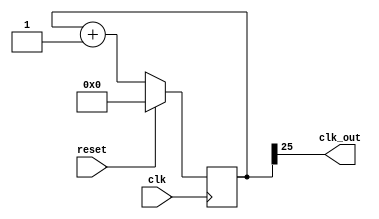
`timescale 1ns / 1ps

module clk_div_disp(
    input clk,
    input reset,
    output clk_out
    );
    
reg [25:0] COUNT; //25

assign clk_out = COUNT[25]; //25

always @ (posedge clk)
    begin
    if (reset)
        COUNT = 0;
    else
        COUNT = COUNT + 1;
    end           
endmodule